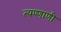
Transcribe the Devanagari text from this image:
त्यण्णाणी